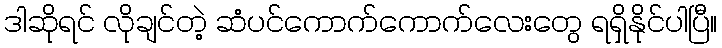
ဒါဆိုရင် လိုချင်တဲ့ ဆံပင်ကောက်ကောက်လေးတွေ ရရှိနိုင်ပါပြီ။